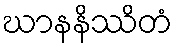
ဃာနနိဿိတံ